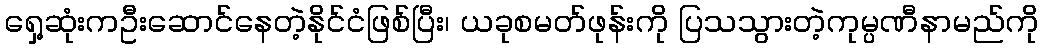
ရှေ့ဆုံးကဦးဆောင်နေတဲ့နိုင်ငံဖြစ်ပြီး၊ ယခုစမတ်ဖုန်းကို ပြသသွားတဲ့ကုမ္ပဏီနာမည်ကို